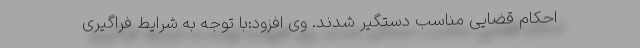
احکام قضایی مناسب دستگیر شدند. وی افزود:با توجه به شرایط فراگیری